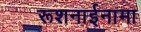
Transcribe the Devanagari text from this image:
रूशनाईनामा